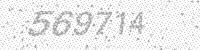
Solution: 569714